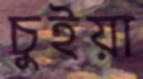
চুইয়া